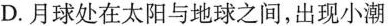
D.月球处在太阳与地球之间，出现小潮